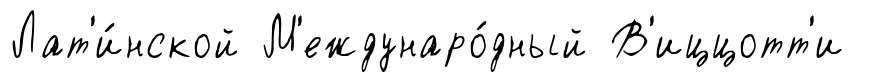
Лат'и́нской М'еждунаро́дный В'иццотт'и